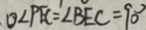
O \angle P E C = \angle B E C = 9 0 ^ { \circ }